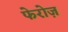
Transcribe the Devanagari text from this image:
फेरोज़